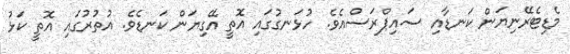
މެޑިޓެރޭނިޔަން ކަނޑާއި ސައިޕްރަސްއެވެ. ހުޅަނގުގައި އޮތީ އޭގިޔަން ކަނޑެވެ. އުތުރުގައި އޮތީ ކަޅު